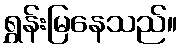
ရွှန်းမြနေသည်။